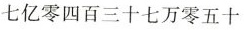
七亿零四百三十七万零五十